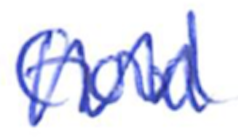
Text: Good
Cross-out: zig-zag
Writing tool: ballpoint